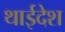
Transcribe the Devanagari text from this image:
थाईदेश